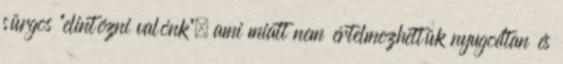
sürgõs “elintézni valónk”, ami miatt nem értelmezhettük nyugodtan és